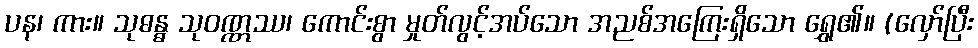
ပန၊ ကား။ သုဓန္ဓ သုဝဏ္ဏဿ၊ ကောင်းစွာ မှုတ်လွင့်အပ်သော အညစ်အကြေးရှိသော ရွှေ၏။ (လှော်ပြီး